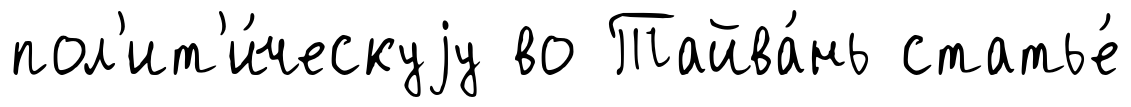
пол'ит'и́ческуjу во Тайва́нь статье́